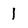
Character: 1